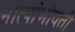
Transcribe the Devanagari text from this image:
नात्यांभोवती